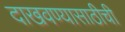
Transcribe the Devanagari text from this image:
दाखवण्यासाठीची